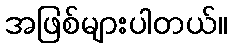
အဖြစ်များပါတယ်။